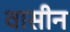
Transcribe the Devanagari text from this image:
वासीन